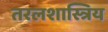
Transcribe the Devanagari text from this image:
तरलशास्त्रिय